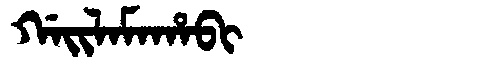
Manchu: ᡤᠠᡳᠯᠠᠮᠠᡥᠠᠪᡳ
Romanization: GAILAMAHABI